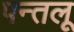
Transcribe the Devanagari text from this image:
पन्तलू